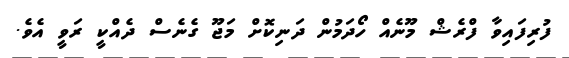
ފުރިފައިވާ ފްރެޝް މޫނެއް ހޯދަމުން ދަނިކޮށް މަޖޫ ގެނެސް ދެއްކީ ރަވީ އެވެ.